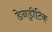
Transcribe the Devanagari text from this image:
डेनड्रीटिक